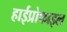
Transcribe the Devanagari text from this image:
हाईप्रोफाइल